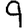
Digit: 9